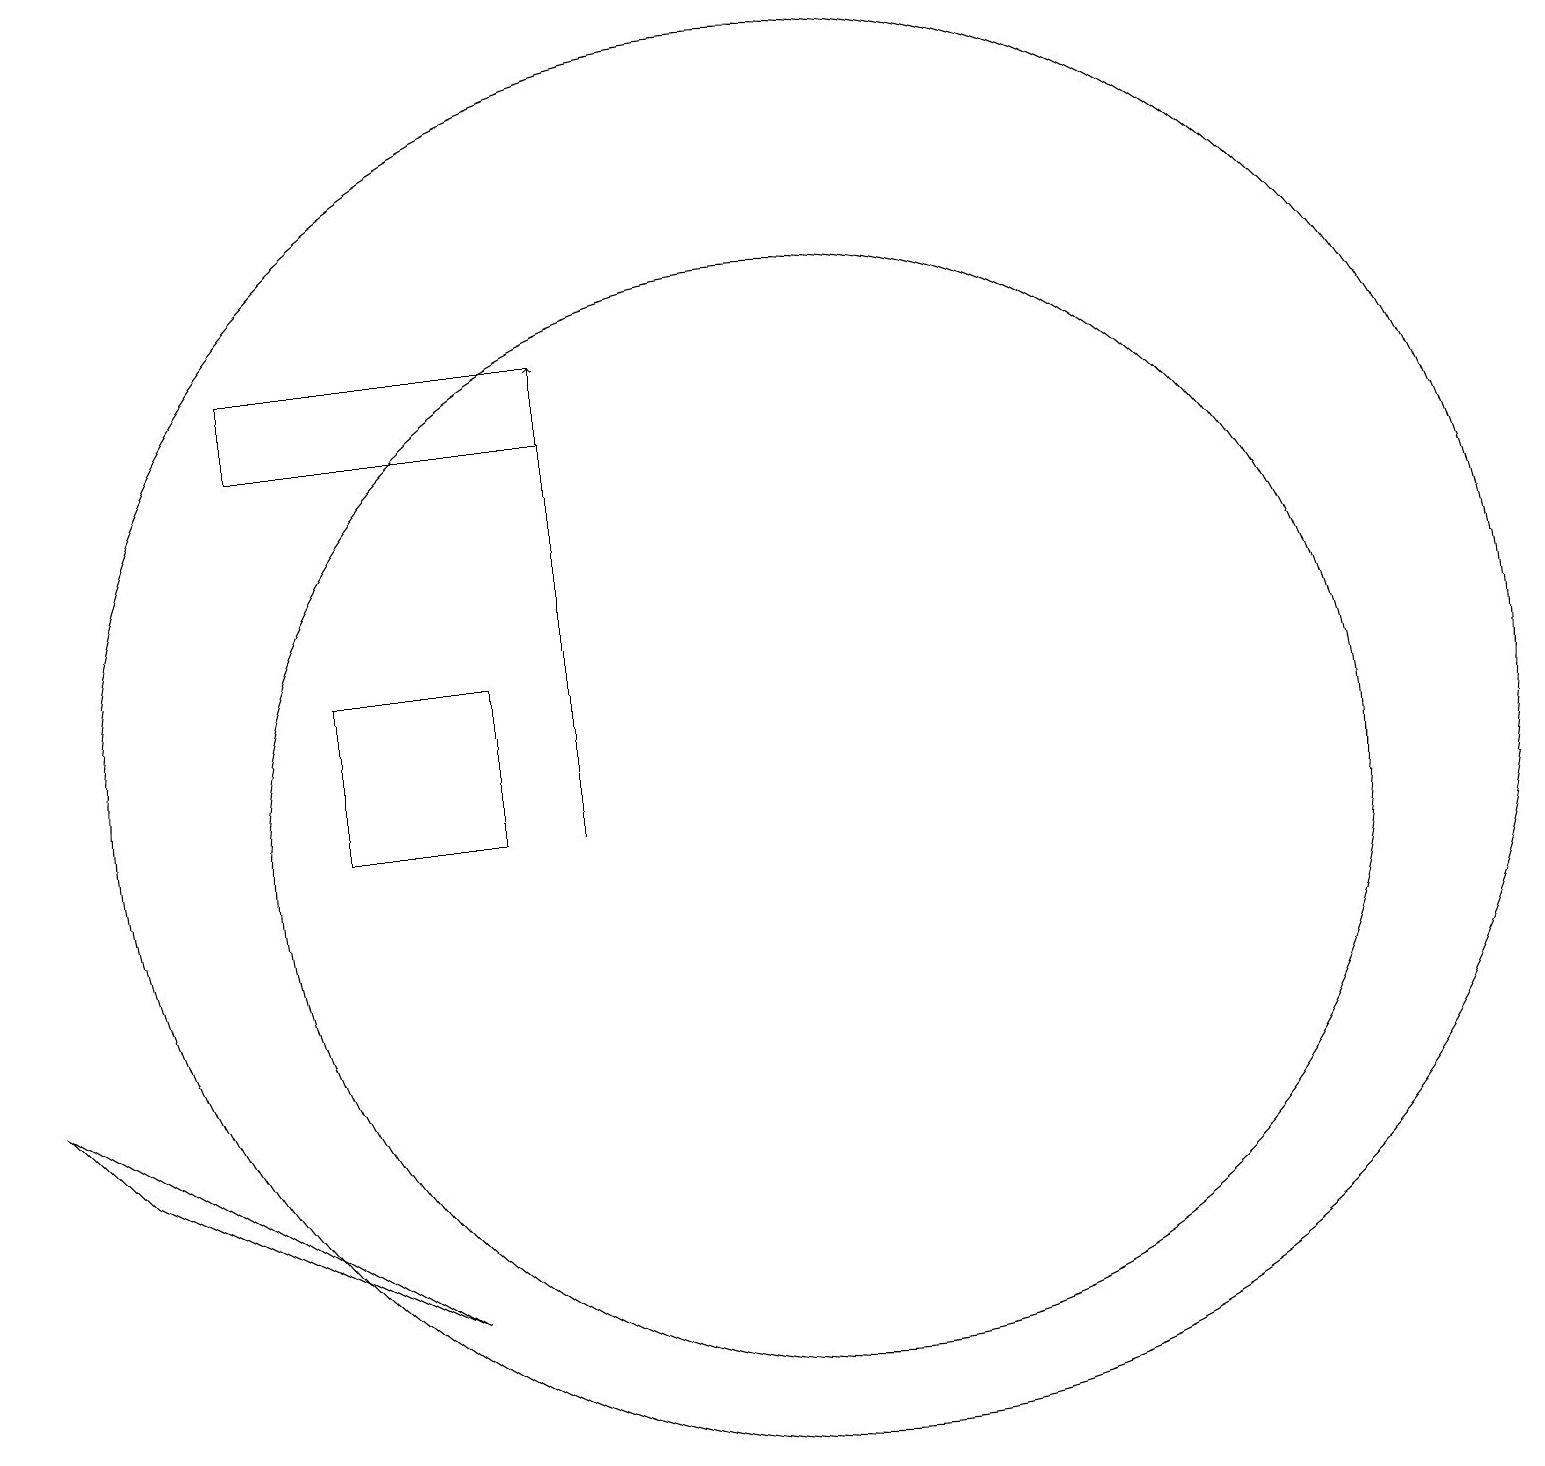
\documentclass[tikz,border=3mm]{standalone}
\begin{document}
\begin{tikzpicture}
\draw (12,11) circle (9);
\draw (12,10) circle (7);
\draw (6,10) rectangle (8,12);
\draw (2,7) -- (7,4) -- (3,6) -- cycle;
\draw[->] (9,10) -- (9,16);
\draw (9,15) rectangle (5,16);
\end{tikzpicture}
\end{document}